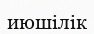
июшілік